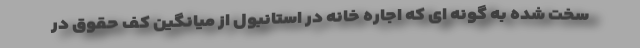
سخت شده به گونه ای که اجاره خانه در استانبول از میانگین کف حقوق در